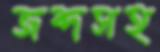
জব্দসহ